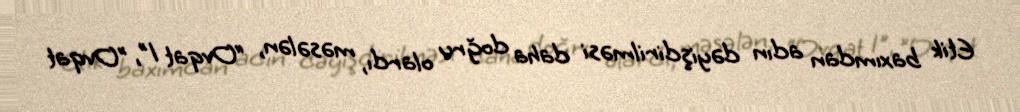
Etik baxımdan adın dəyişdirilməsi daha doğru olardı, məsələn, “Ovqat 1", ”Ovqat